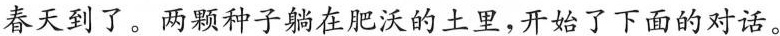
春天到了。两颗种子躺在肥沃的土里，开始了下面的对话。